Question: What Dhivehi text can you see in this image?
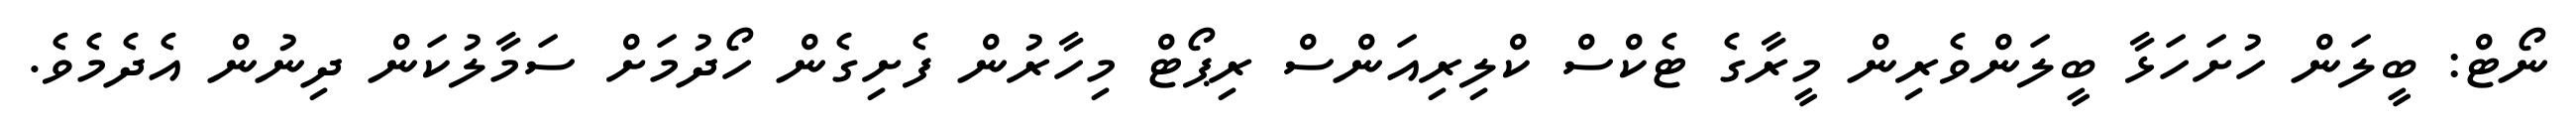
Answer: ނޯޓް: ބީލަން ހުށަހަޅާ ބީލަންވެރިން މީރާގެ ޓެކްސް ކްލިރިއަންސް ރިޕޯޓް މިހާރުން ފެށިގެން ހޯދުމަށް ސަމާލުކަން ދިނުން އެދެމެވެ.